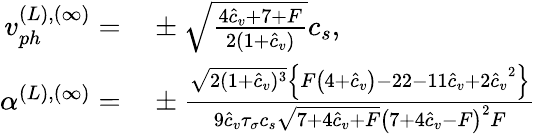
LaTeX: \begin{array}{rl}{v_{ph}^{(L),(\infty)}=}&{{}\pm\sqrt{\frac{4{\hat{c}_{v}}+7+F}{2(1+\hat{c}_{v})}}c_{s},}\\ {\alpha^{(L),(\infty)}=}&{{}\pm\frac{\sqrt{2(1+{\hat{c}_{v}})^{3}}\left\{ F\left(4+{\hat{c}_{v}}\right)-22-11{\hat{c}_{v}}+2{\hat{c}_{v}}^{2}\right\} }{9\hat{c}_{v}\tau_{\sigma}c_{s}\sqrt{7+4{\hat{c}_{v}}+F}\left(7+4{\hat{c}_{v}}-F\right)^{2}F}}\end{array}